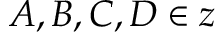
A , B , C , D \in z